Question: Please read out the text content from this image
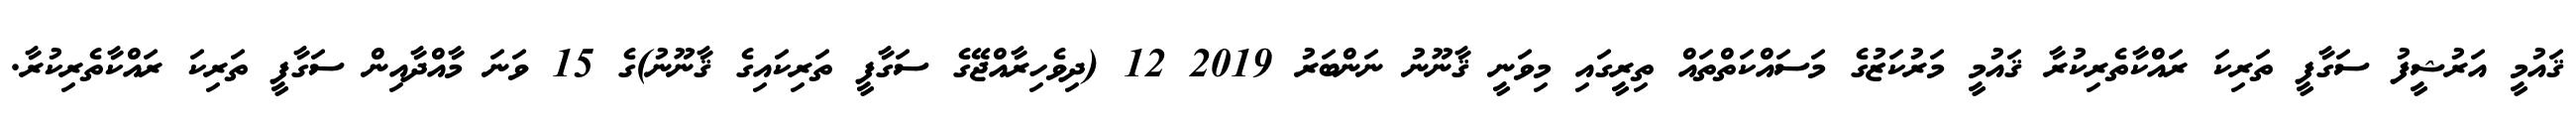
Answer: ޤައުމީ އަރުޝީފު ސަގާފީ ތަރިކަ ރައްކާތެރިކުރާ ޤައުމީ މަރުކަޒުގެ މަސައްކަތްތައް ތިރީގައި މިވަނީ ޤާނޫނު ނަންބަރު 2019 12 (ދިވެހިރާއްޖޭގެ ސަގާފީ ތަރިކައިގެ ޤާނޫނު)ގެ 15 ވަނަ މާއްދާއިން ސަގާފީ ތަރިކަ ރައްކާތެރިކުރާ.